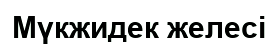
Мүкжидек желесі